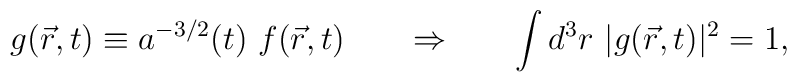
g (\vec r, t) \equiv a^{-3/2} (t) \ f (\vec r, t)   \hspace{0.75cm} \Rightarrow \hspace{0.75cm}  \int d^3 r \ | g (\vec r, t) |^2 = 1,